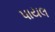
પાયલ